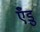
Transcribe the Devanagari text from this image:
एँडु